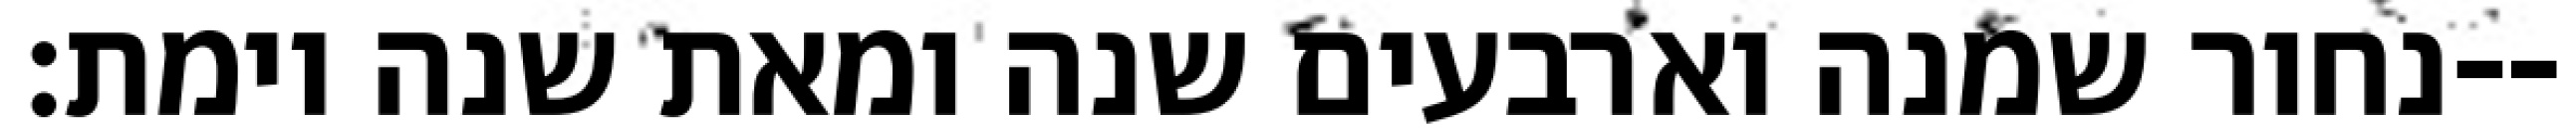
נחור שמנה וארבעים שנה ומאת שנה וימת׃--